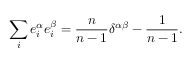
\sum _ { i } e _ { i } ^ { \alpha } e _ { i } ^ { \beta } = \frac { n } { n - 1 } \delta ^ { \alpha \beta } - \frac { 1 } { n - 1 } .